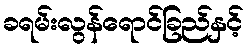
ခရမ်းလွန်ရောင်ခြည်နှင့်